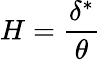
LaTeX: H={\frac{\delta^{*}}{\theta}}